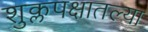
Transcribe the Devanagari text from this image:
शुक्लपक्षातल्या